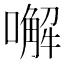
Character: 𠿇